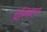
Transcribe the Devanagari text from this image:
प्रेस्किल्ल